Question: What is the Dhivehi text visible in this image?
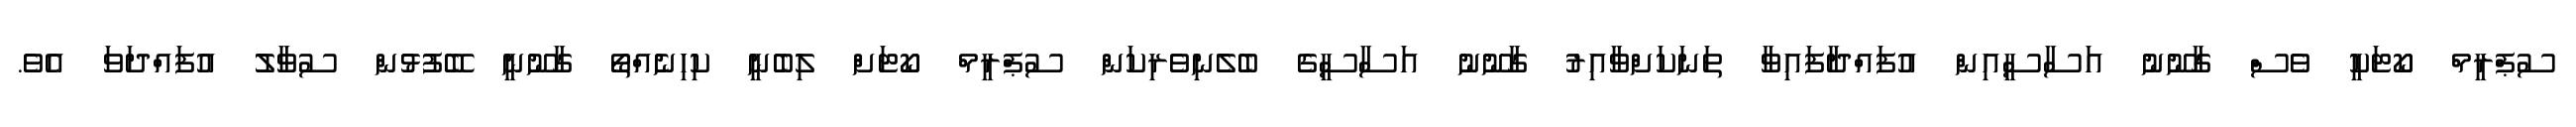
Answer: ސުޕްރީމް ކޯޓަކީ ވެސް ގާނޫނު އަސާސީއިން އުފައްދާފައިވާ ތަނަކަށްވާއިރު ގާނޫނު އަސާސީގެ ބެލެނިވެރިކަން ސުޕްރީމް ކޯޓަށް ލިބެނީ ކިހިނެއްތޯ ގާނޫނީ ބޭފުޅުން ސުވާލު އުފައްދަވަ އެވެ.